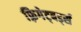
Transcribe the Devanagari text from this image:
फ़्रिगेट्बर्ड्स